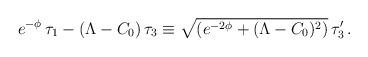
LaTeX: \begin{align*}e^{-\phi} \, \tau_1-(\Lambda-C_0) \, \tau_3\equiv\sqrt{(e^{-2\phi}+(\Lambda-C_0)^2)} \, \tau_3' \, .\end{align*}